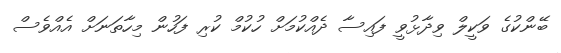
ބޭންކުގެ ވަކީލް ވިދާޅުވީ ފައިސާ ދެއްކުމަށް ހުކުމް ކުރި ފަހުން މިހާތަނަށް އެއްވެސް